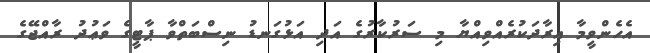
އެހެންވީމާ އިރާދަކުރެއްވިއްޔާ މި ސަރުކާރުގެ އަދި އަޅުގަނޑު ނިސްބަތްވާ ޕާޓީގެ ވަޢުދު ރާއްޖޭގެ